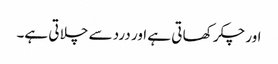
اور چکر کھا تی ہے اور درد سے چلا تی ہے۔